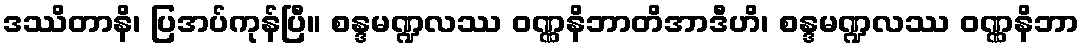
ဒဿိတာနိ၊ ပြအပ်ကုန်ပြီ။ စန္ဒမဏ္ဍလဿ ဝဏ္ဏနိဘာတိအာဒီဟိ၊ စန္ဒမဏ္ဍလဿ ဝဏ္ဏနိဘာ